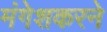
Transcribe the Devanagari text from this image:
मंगेशकरने